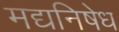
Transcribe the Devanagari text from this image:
मद्यनिषेध